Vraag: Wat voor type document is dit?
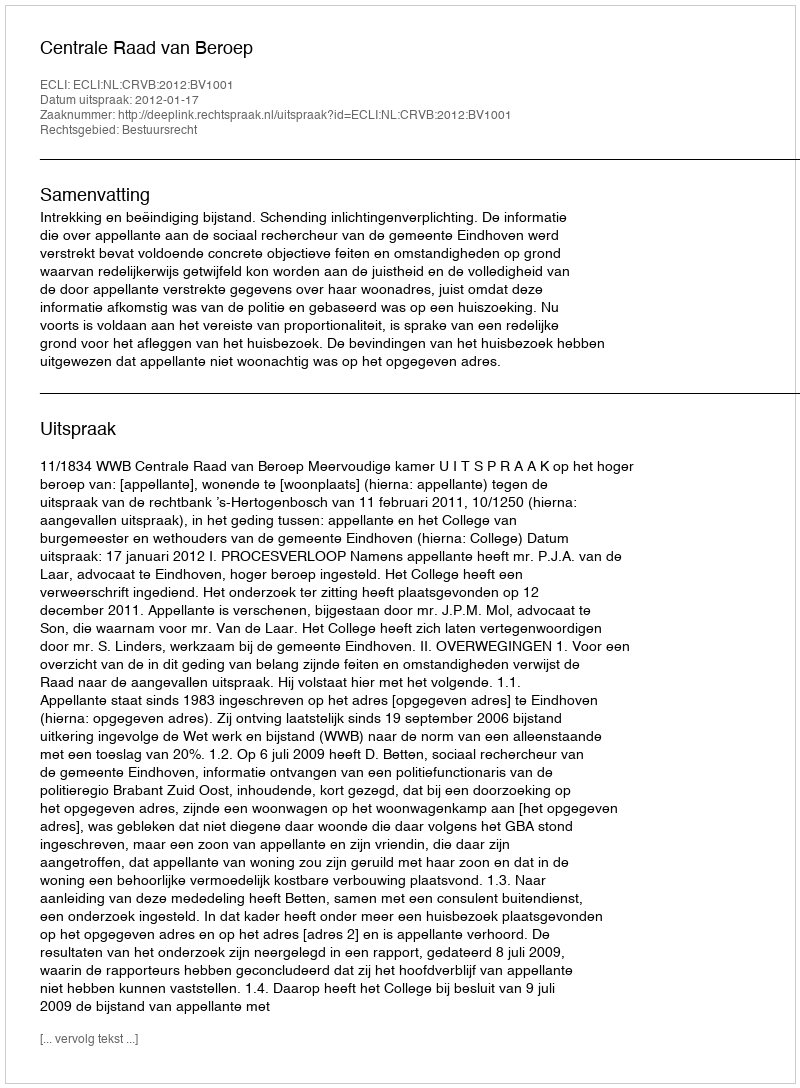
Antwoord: Uitspraak